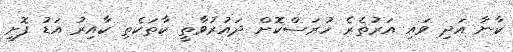
ކާނާ އަދި ވައި އަރުތެރެ ހުރަސްކޮށް ދައުރުވާތީ ކާތަކެތި ކާއިރު އަޑު ފޮށި